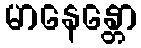
မာနေန္တော